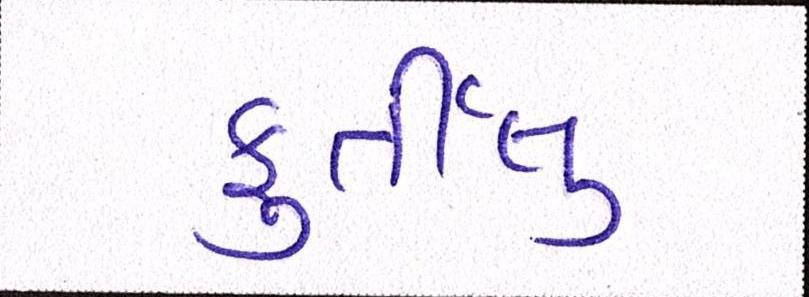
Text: ફુર્તીલુ